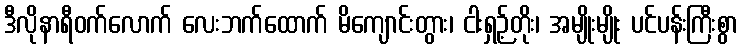
ဒီလိုနာရီဝက်လောက် လေးဘက်ထောက် မိကျောင်းတွား၊ ငါးရှဉ့်တိုး၊ အမျိုးမျိုး ပင်ပန်းကြီးစွာ